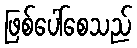
ဖြစ်ပေါ်စေသည်